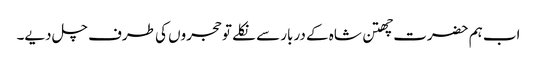
اب ہم حضرت چھتن شاہ کے دربار سے نکلے تو حجروں کی طرف چل دیے۔